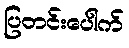
ပြတင်းပေါက်